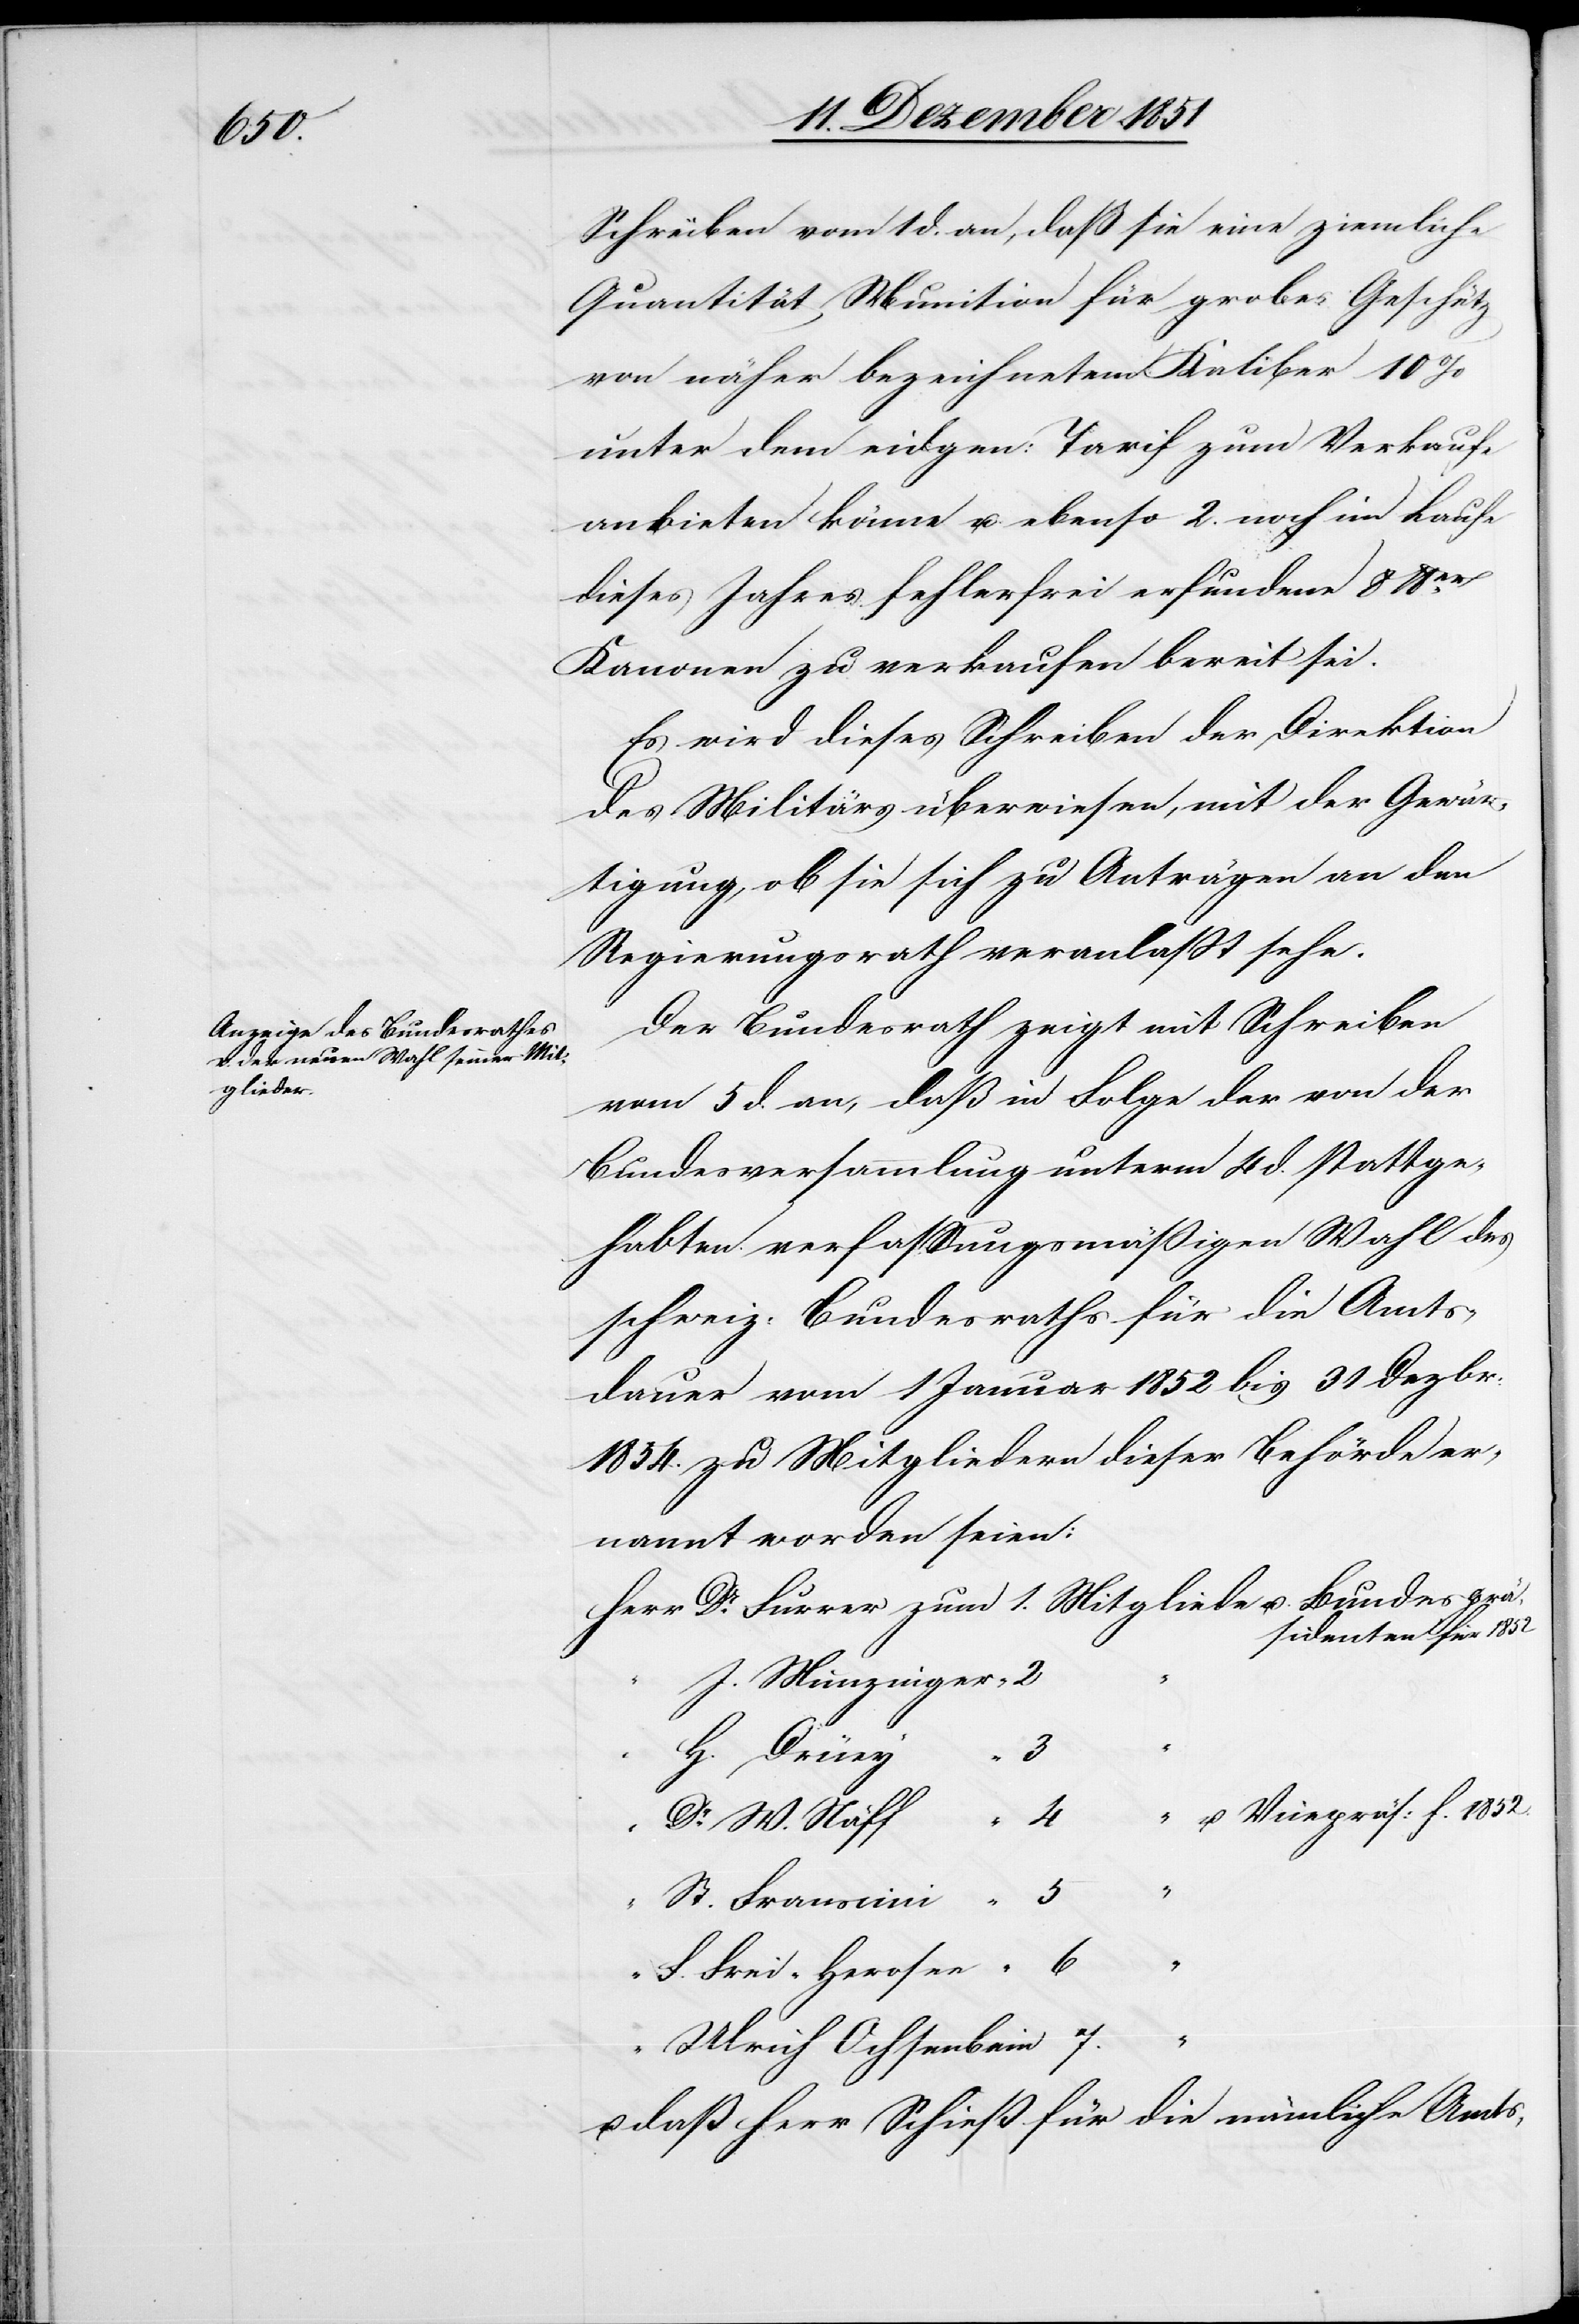
St.
gliede

Schreiben vom 1 d. an, daß sie eine ziemliche
Quantität Munition für grobes Geschütz
von näher bezeichnetem Kaliber 10%
unter dem eidgen: Tarif zum Verkaufe
anbieten könne u. ebenso 2. noch im Laufe
dieses Jahres fehlerfrei erfundene 8 lber.
Kanonen zu verkaufen bereit sei.
Es wird dieses Schreiben der Direktion
des Militärs überwiesen, mit der Gewär¬
tigung, ob sie sich zu Anträgen an den
Regierungsrath veranlaßt sehe.
Der Bundesrath zeigt mit Schreiben
vom 5 d. an, daß in Folge der von der
Bundesversammlung unterm 4 d. stattge¬
habten verfassungsmäßigen Wahl des
schweiz: Bundesraths für die Amts¬
dauer vom 1 Januar 1852 bis 31 Dezbr:
1854. zu Mitgliedern dieser Behörde er¬
nannt worden seien:
sidenten für 1852
J. Munzinger
H. Drüey
F. Frei-Herosee
Ulrich Ochsenbein
u. daß Herr Schieß für die nämliche Amts-